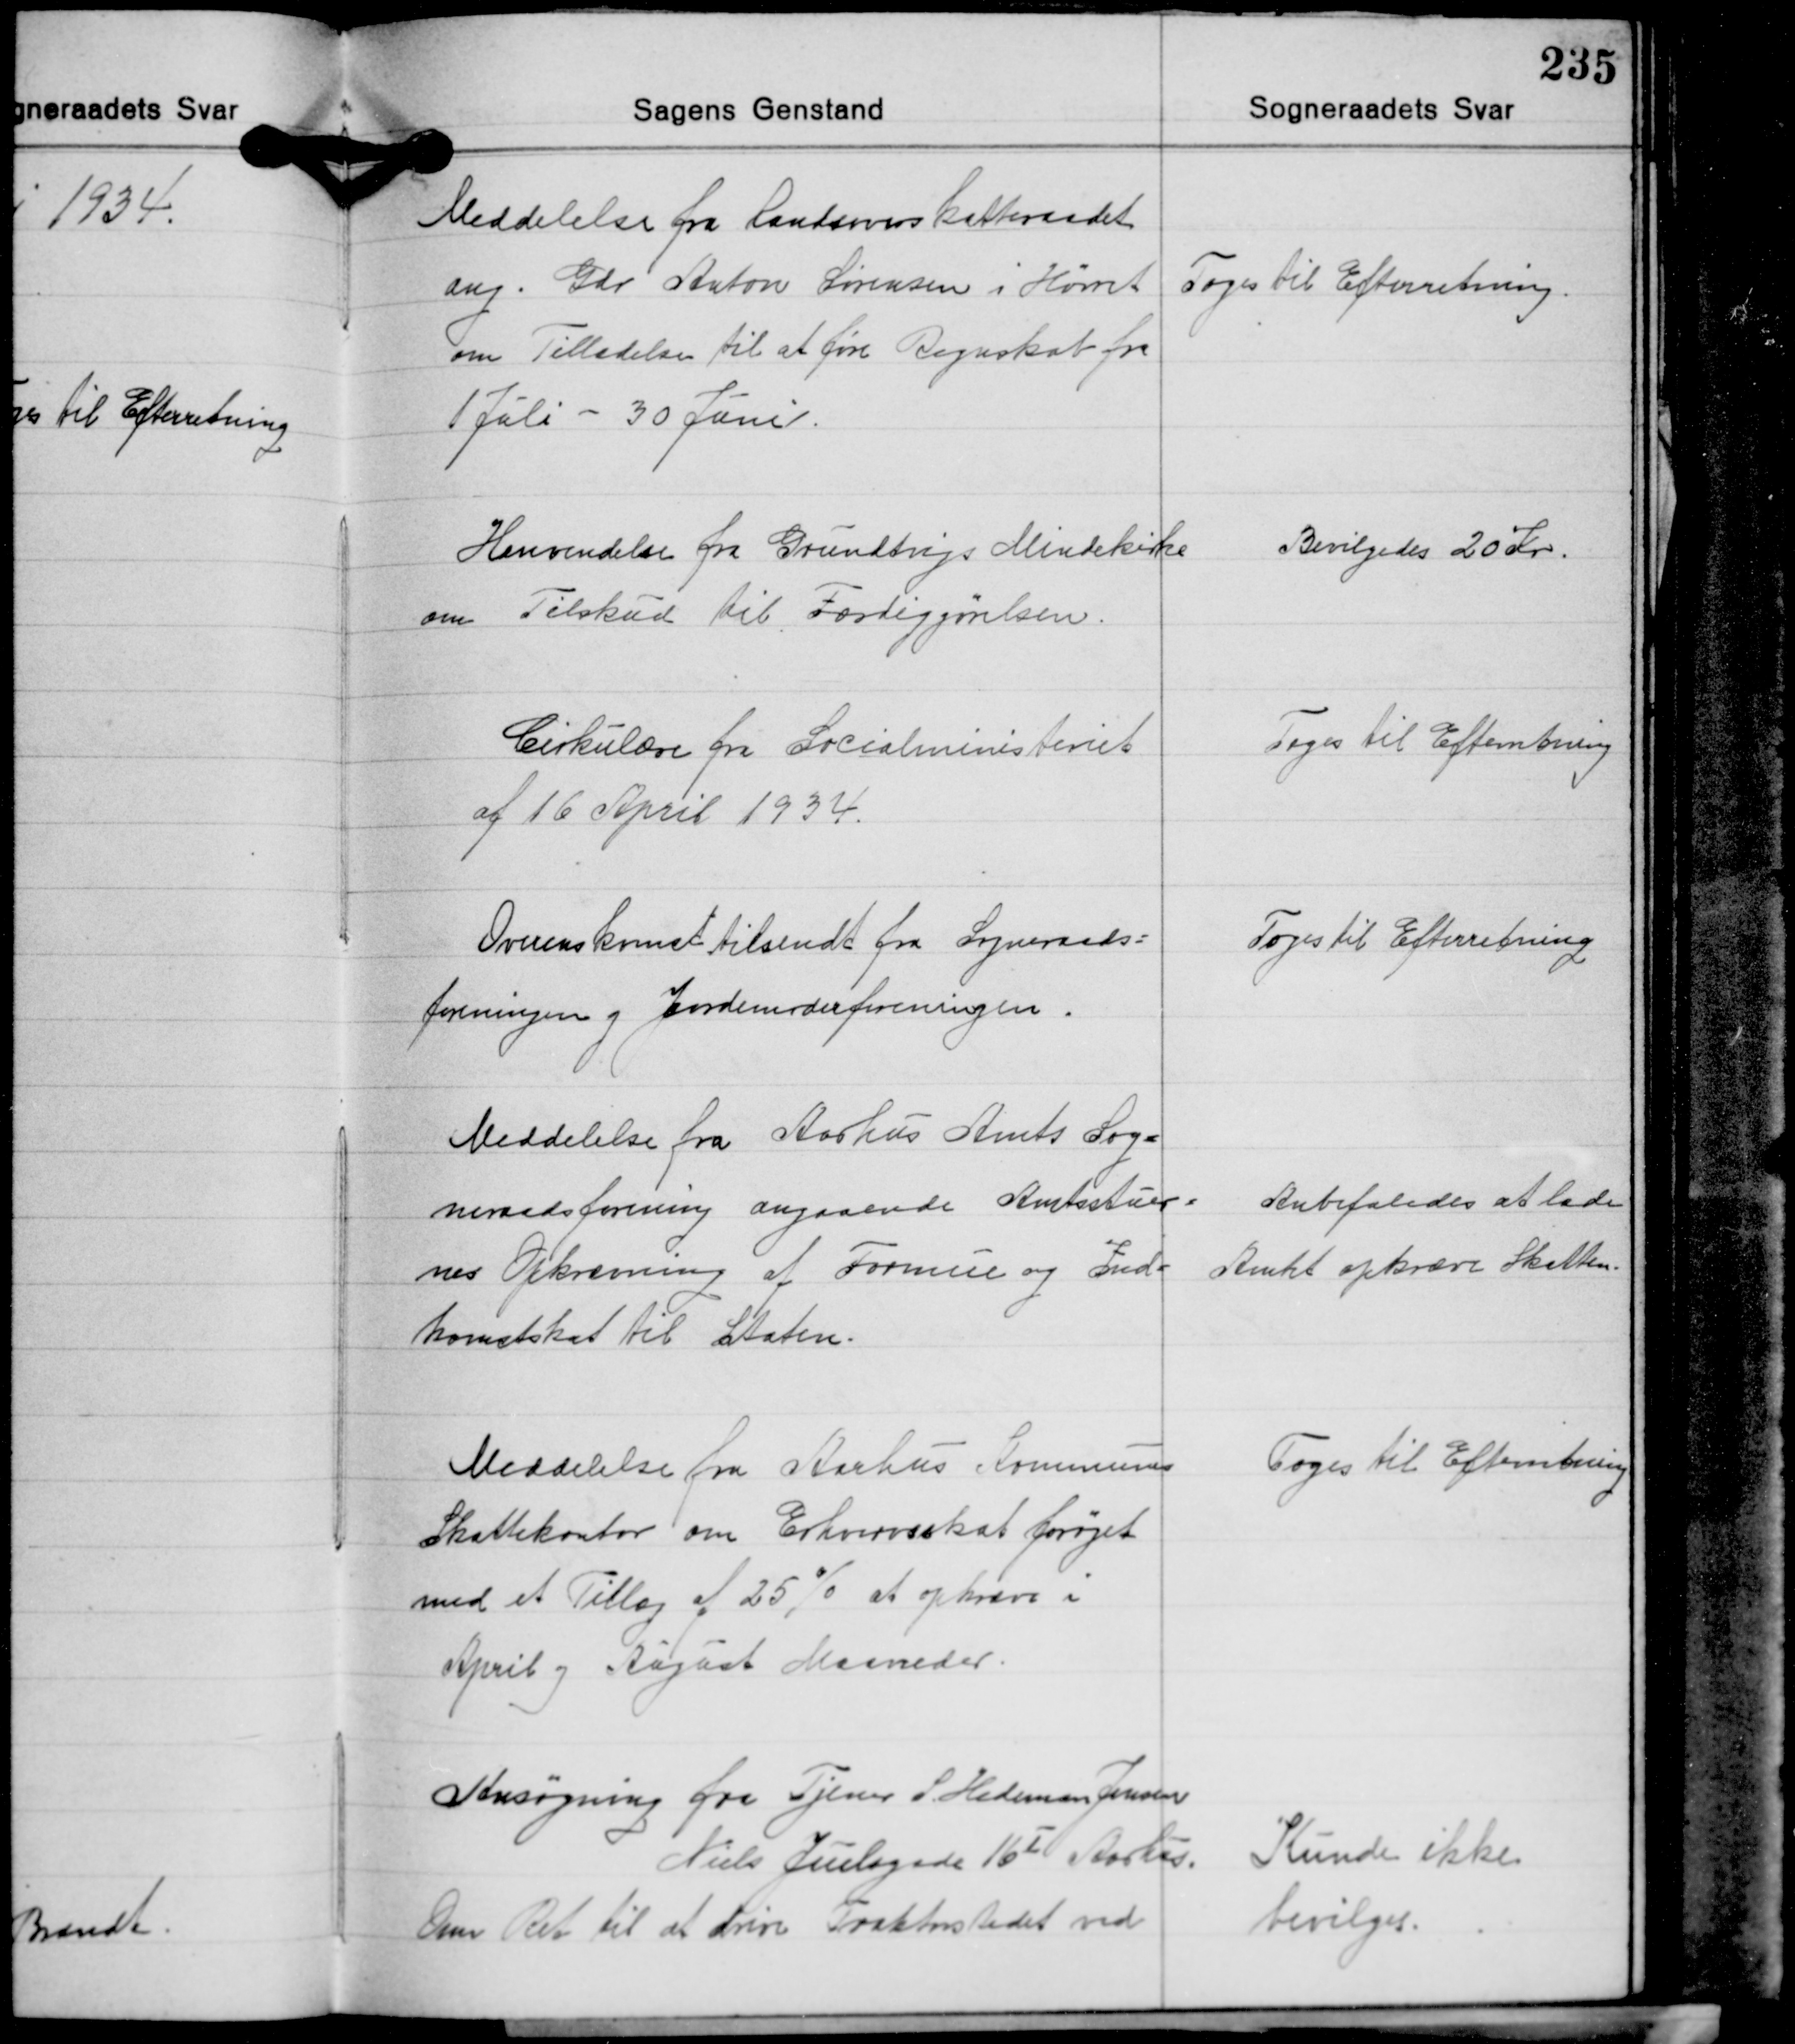
Transskription:
Meddelelse fra Landsoverskatteraadet
ang. Gdr. Anton Sørensen i Hørret
om Tilladelse til at gøre Regnskab fra
1 Juli - 30 Juni.

Toges til Efterretning.

Henvendelse fra Grundtvigs Mindekirke
om Tilskud til Færdiggørelsen.

Bevilgedes 20 Kr.

Cirkulære fra Socialministeriet
af 16 April 1934.

Toges til Efterretning

Toges til Efterretning

Overenskomst tilsendt fra Sogneraads-
foreningen og Jordemoderforeningen.

Meddelelse fra Aarhus Amts Sog-
neraadsforening angaaende Amtsstuer-
nes Opkrævning af Formue og Ind-
komstskat til Staten.

Anbefaledes at lade
Amtet opkræve Skatten.

Toges til Efterretning

Meddelelse fra Aarhus Kommunes
Skattekontor om Erhvervsskat forøget
med et Tillæg af 25% at opkræve i
April og August Maaneder.

Ansøgning fra Tjener S. Hedeman Jensen
Niels Juelsgade 16Ⅰ Aarhus.
Om Ret til at drive Traktørstedet ved

Kunde ikke
bevilges.